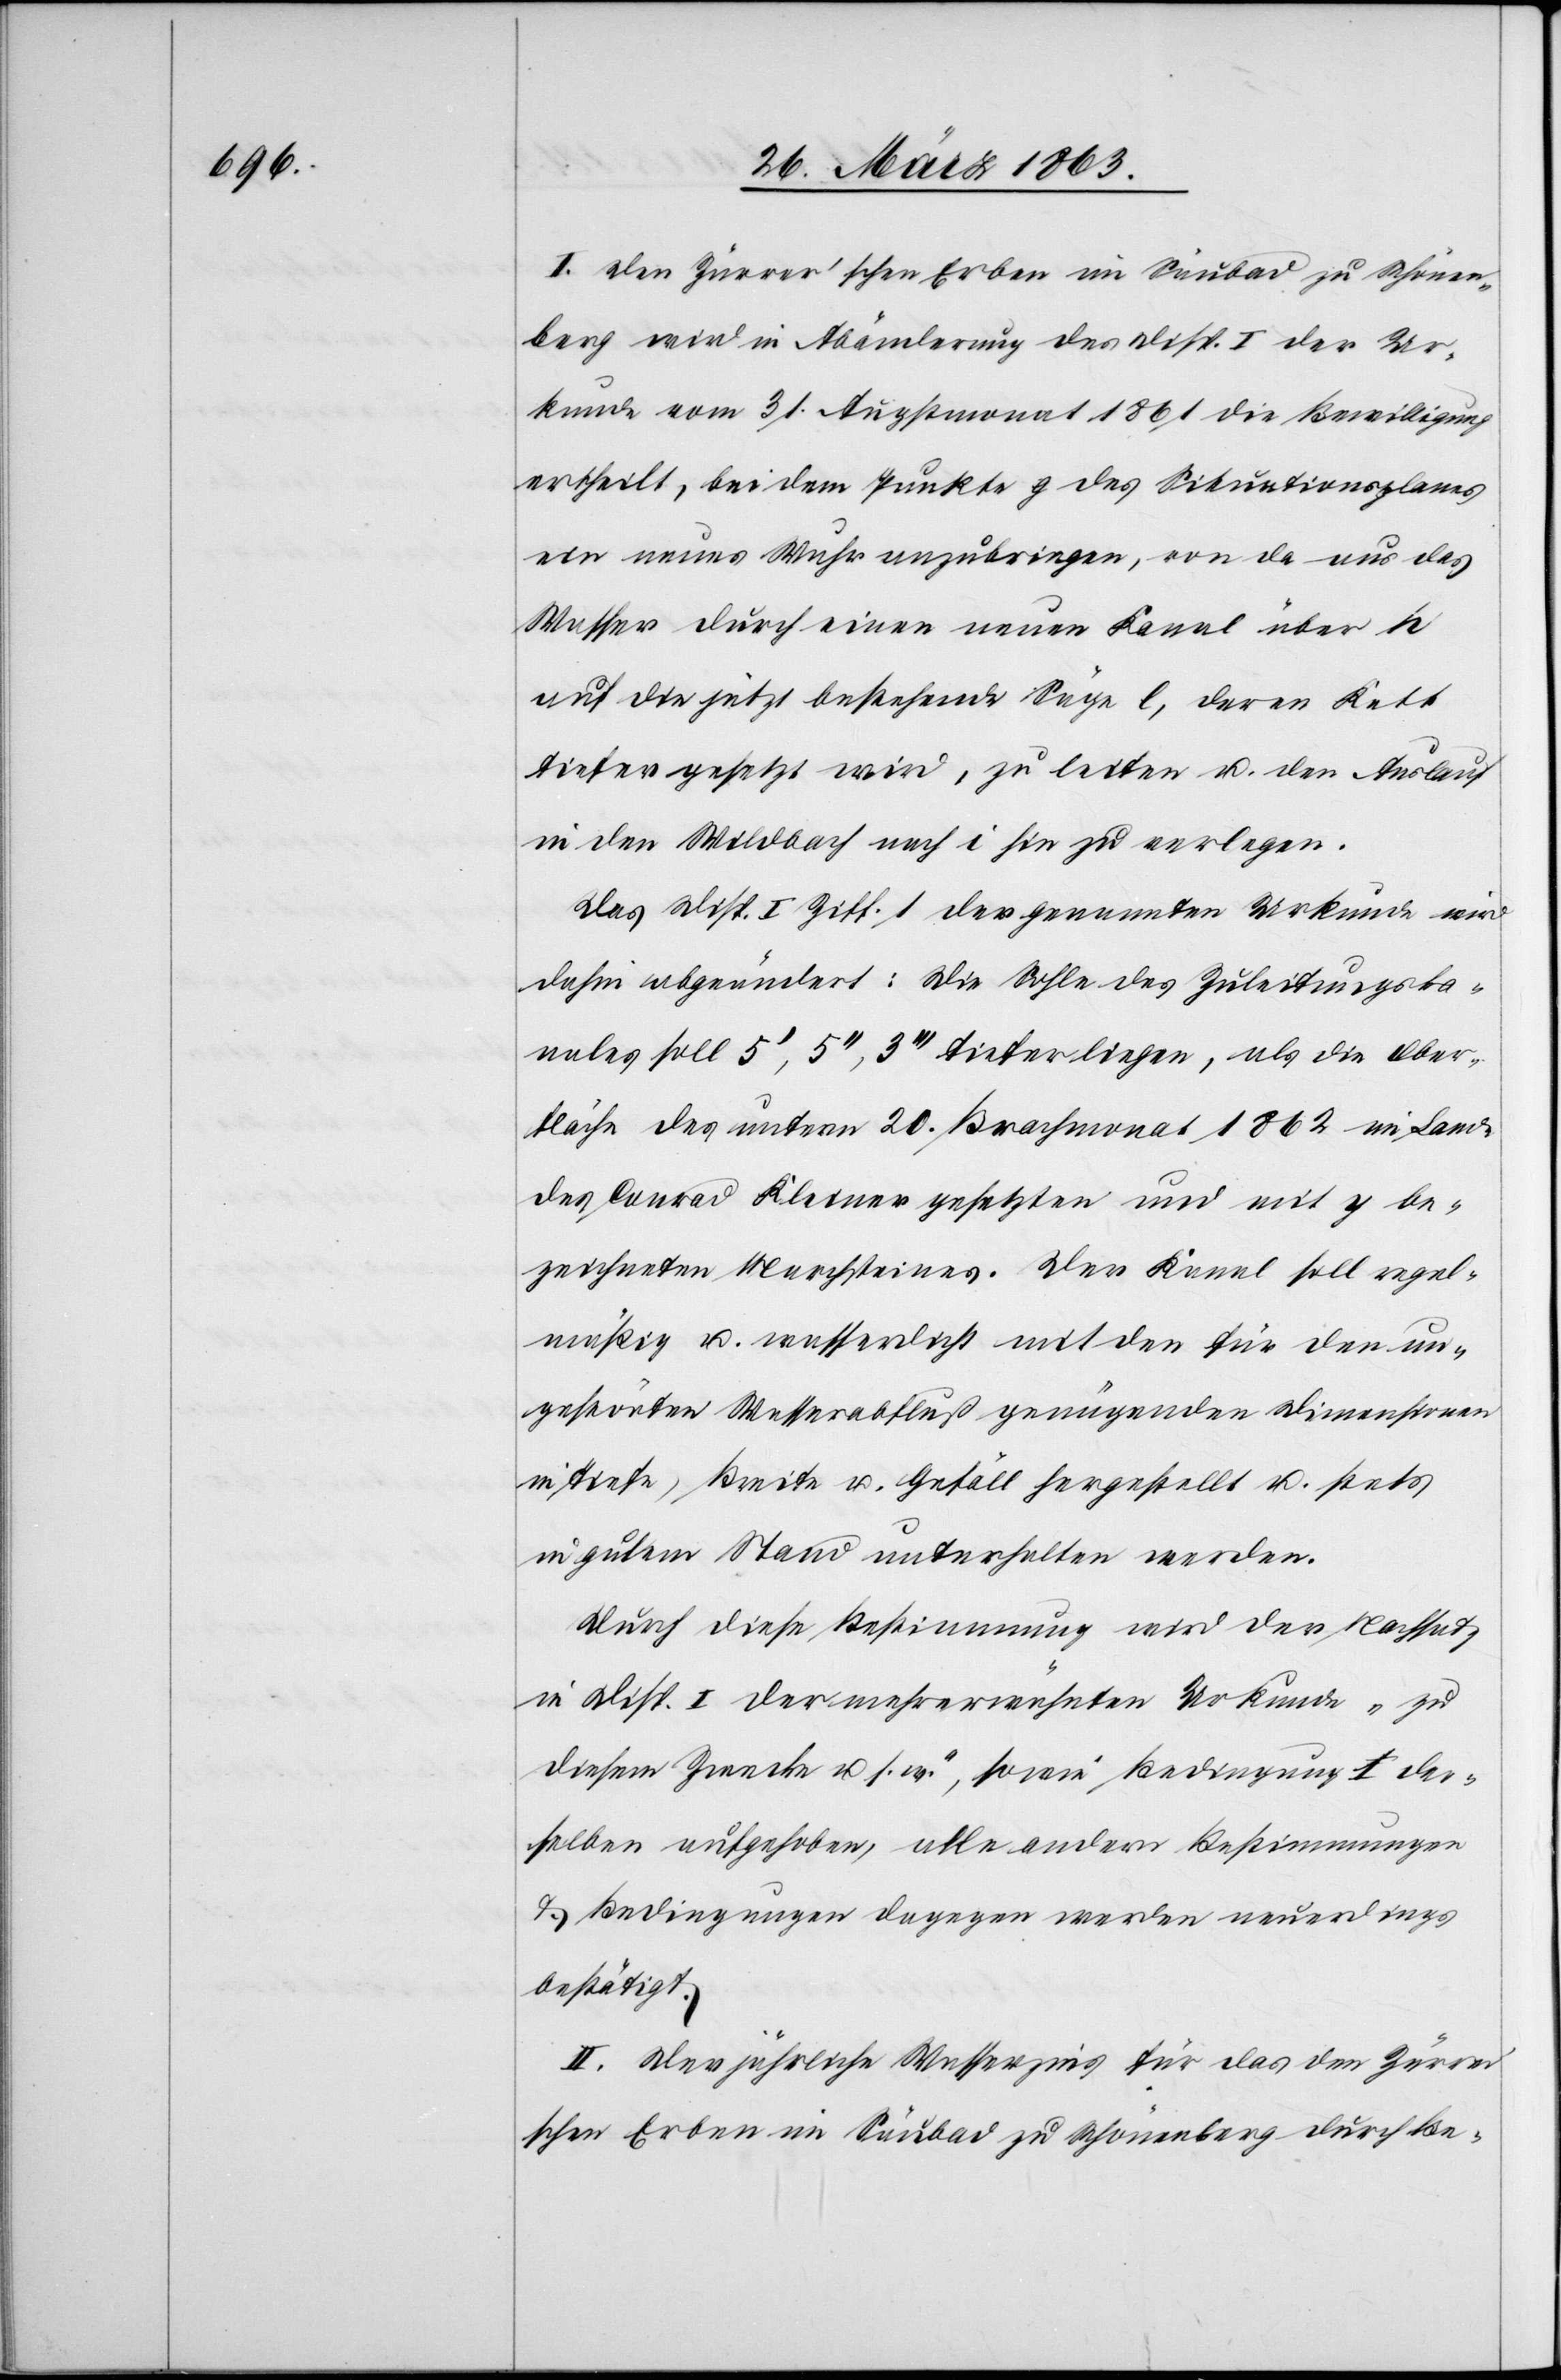
I. Den Zürrer'schen Erben im Säubad zu Schönen¬
berg wird in Abänderung des Disp. I der Ur¬
kunde vom 31. Augstmonat 1861 die Bewilligung
ertheilt, bei dem Punkte g des Situationsplanes
ein neues Wuhr anzubringen, von da aus das
Wasser durch einen neuen Kanal über h
auf die jetzt bestehende Säge l, deren Kett
tiefer gesetzt wird, zu leiten u. den Auslauf
in den Wildbach nach i hin zu verlegen.
Das Disp. I Ziff. 1 der genannten Urkunde wird
dahin abgeändert: Die Sohle des Zuleitungska¬
nales soll 5', 5'', 3''' tiefer liegen, als die Ober¬
fläche des unterm 20. Brachmonat 1862 im Lande
des Conrad Kleiner gesetzten und mit y be¬
zeichneten Marchsteines. Der Kanal soll regel¬
mäßig u. wasserdicht mit den für den un¬
gestörten Wasserabfluß genügenden Dimensionen
in Tiefe, Breite u. Gefäll hergestellt u. stets
in gutem Stand unterhalten werden.
Durch diese Bestimmung wird der Nachsatz
in Disp. I der mehrerwähnten Urkunde „zu
diesem Zwecke u s. w.“, sowie Bedingung I der¬
selben aufgehoben, alle andern Bestimmungen
& Bedingungen dagegen werden neuerdings
bestätigt.
II. Der jährliche Wasserzins für das den Zürre¬
r'schen Erben im Säubad zu Schönenberg durch Be-